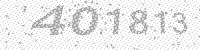
Solution: 401813